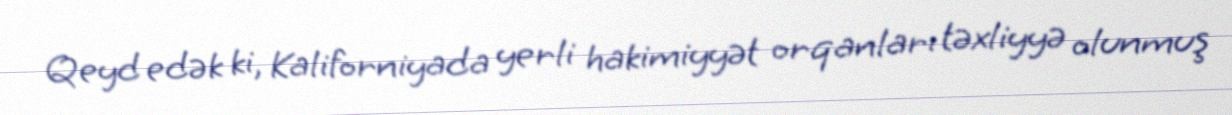
Qeyd edək ki, Kaliforniyada yerli hakimiyyət orqanları təxliyyə olunmuş